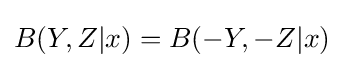
B(Y,Z|x)=B(-Y,-Z|x)